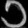
Digit: ၁